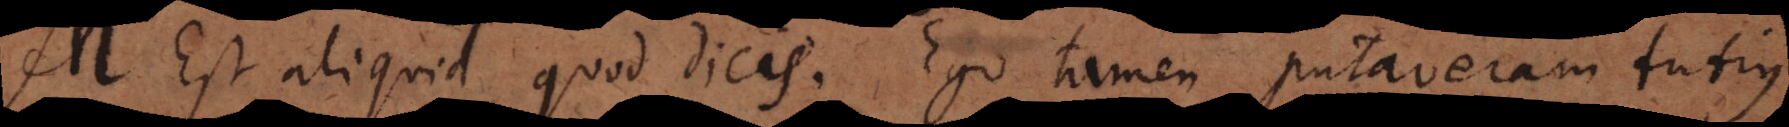
M. Est aliquid quod dicis. Ego tamen putaveram tutius